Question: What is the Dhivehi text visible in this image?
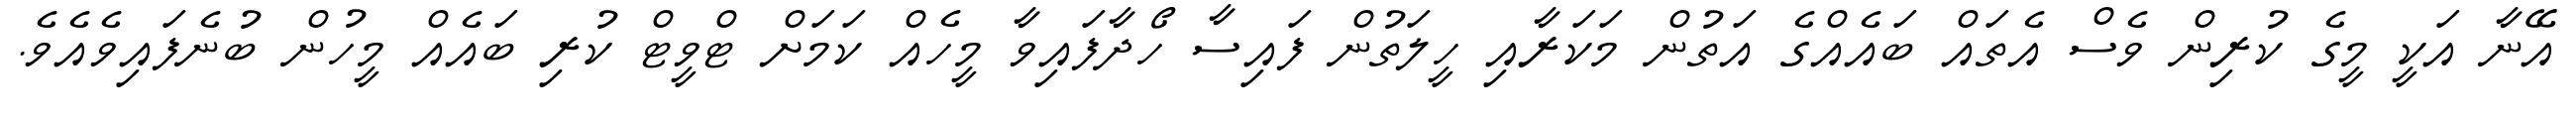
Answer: އޭނާ އަކީ މީގެ ކުރިން ވެސް އެތައް ބައެއްގެ އަތުން މަކަރާއި ހީލަތުން ފައިސާ ހޯދާފައިވާ މީހެއް ކަމަށް ޓްވީޓް ކުރި ބައެއް މީހުން ބުނެފައިވެއެވެ.